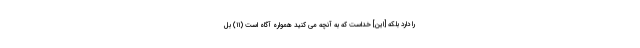
را دارد بلكه [اين] خداست كه به آنچه مى كنيد همواره آگاه است (۱۱) بَلْ